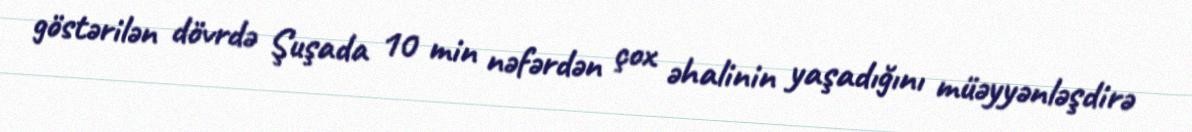
göstərilən dövrdə Şuşada 10 min nəfərdən çox əhalinin yaşadığını müəyyənləşdirə